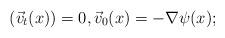
LaTeX: \begin{align*}\left( \vec{v}_t(x)\right) =0,\vec{v}_0(x) = -\nabla\psi(x);\end{align*}